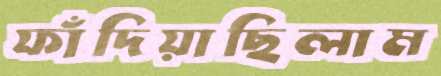
ফাঁদিয়াছিলাম